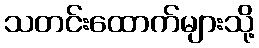
သတင်းထောက်များသို့